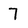
Character: 7